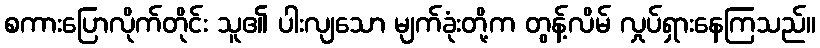
စကားပြောလိုက်တိုင်း သူ၏ ပါးလျသော မျက်ခုံးတို့က တွန့်လိမ် လှုပ်ရှားနေကြသည်။